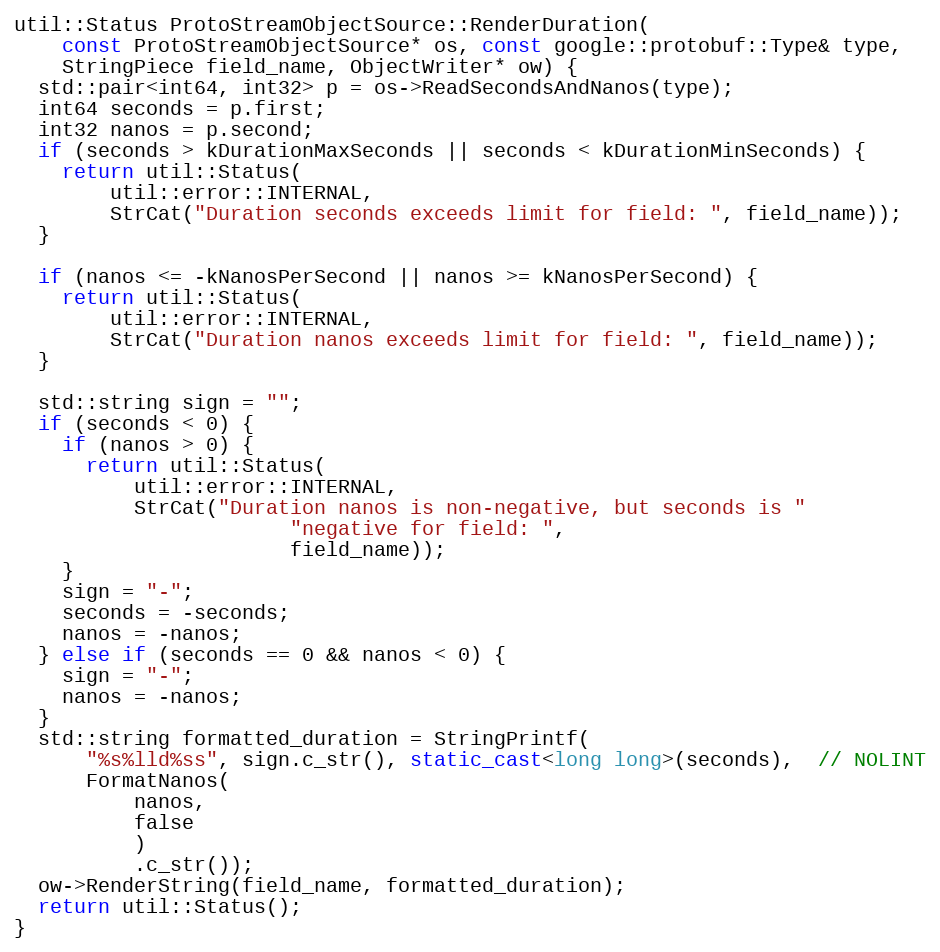
Language: C++
util::Status ProtoStreamObjectSource::RenderDuration(
    const ProtoStreamObjectSource* os, const google::protobuf::Type& type,
    StringPiece field_name, ObjectWriter* ow) {
  std::pair<int64, int32> p = os->ReadSecondsAndNanos(type);
  int64 seconds = p.first;
  int32 nanos = p.second;
  if (seconds > kDurationMaxSeconds || seconds < kDurationMinSeconds) {
    return util::Status(
        util::error::INTERNAL,
        StrCat("Duration seconds exceeds limit for field: ", field_name));
  }

  if (nanos <= -kNanosPerSecond || nanos >= kNanosPerSecond) {
    return util::Status(
        util::error::INTERNAL,
        StrCat("Duration nanos exceeds limit for field: ", field_name));
  }

  std::string sign = "";
  if (seconds < 0) {
    if (nanos > 0) {
      return util::Status(
          util::error::INTERNAL,
          StrCat("Duration nanos is non-negative, but seconds is "
                       "negative for field: ",
                       field_name));
    }
    sign = "-";
    seconds = -seconds;
    nanos = -nanos;
  } else if (seconds == 0 && nanos < 0) {
    sign = "-";
    nanos = -nanos;
  }
  std::string formatted_duration = StringPrintf(
      "%s%lld%ss", sign.c_str(), static_cast<long long>(seconds),  // NOLINT
      FormatNanos(
          nanos,
          false
          )
          .c_str());
  ow->RenderString(field_name, formatted_duration);
  return util::Status();
}